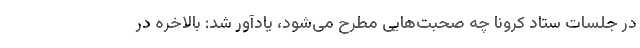
در جلسات ستاد کرونا چه صحبت‌هایی مطرح می‌شود، یادآور شد: بالاخره در